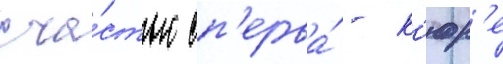
сча́стью сп'ерва́ - к'юр'е